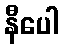
နီပေါ